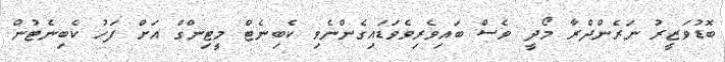
ބޮޑުވަޒީރު ނަރެންދްރާ މޯދީ ވެސް ބައިވެރިވެވަޑައިގެންނެވި ކެބިނެޓް މީޓިންގް އަށް ފަހު ކެބިނެޓުން